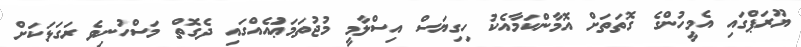
ޔޫރަޕްގައި އެމީހުންގެ ގޮތަތަށް އޮމާންކަމާއެކު ހިގިޔަސް އިސްލާމީ މުޖުތަމަޢުައެއްގައި ދެގޮތް މަސްހުނިވެ ރަގަޅަކަށް